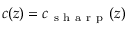
c ( z ) = c _ { \mathrm { ~ s ~ h ~ a ~ r ~ p ~ } } ( z )